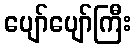
ပျော်ပျော်ကြီး